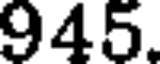
945.